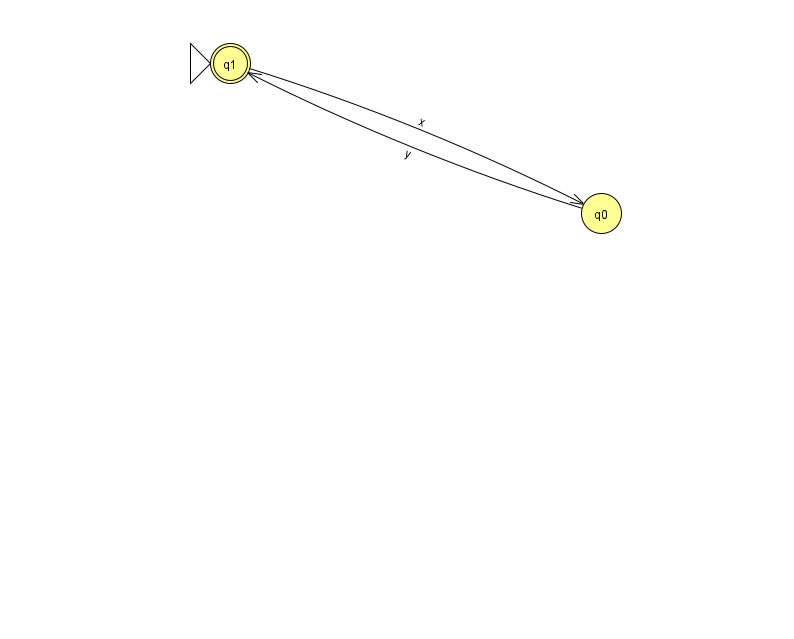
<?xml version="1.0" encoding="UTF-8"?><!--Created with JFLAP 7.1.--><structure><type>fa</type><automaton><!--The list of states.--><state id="0" name="q0"><x>601.0</x><y>200.0</y></state><state id="1" name="q1"><x>230.0</x><y>50.0</y><initial/><final/></state><!--The list of transitions.--><transition><from>1</from><to>0</to><read>x</read></transition><transition><from>0</from><to>1</to><read>y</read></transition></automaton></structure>